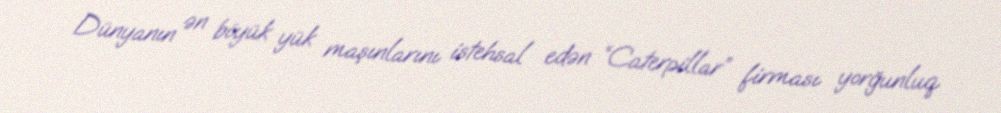
Dünyanın ən böyük yük maşınlarını istehsal edən “Caterpillar” firması yorğunluq